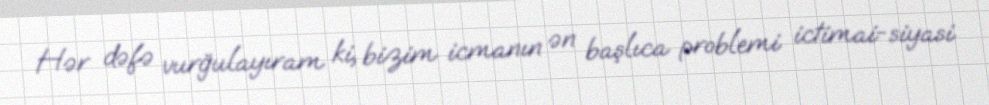
Hər dəfə vurğulayıram ki, bizim icmanın ən başlıca problemi ictimai-siyasi